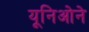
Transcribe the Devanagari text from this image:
यूनिओने